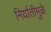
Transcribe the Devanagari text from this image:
निर्यातीमुळे